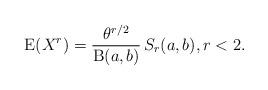
LaTeX: \begin{align*}\operatorname{E}(X^r)=\frac{\theta^{r/2}}{\operatorname{B}(a,b)}\,S_r(a,b),r<2.\end{align*}